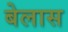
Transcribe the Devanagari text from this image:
बेलास